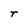
Character: r